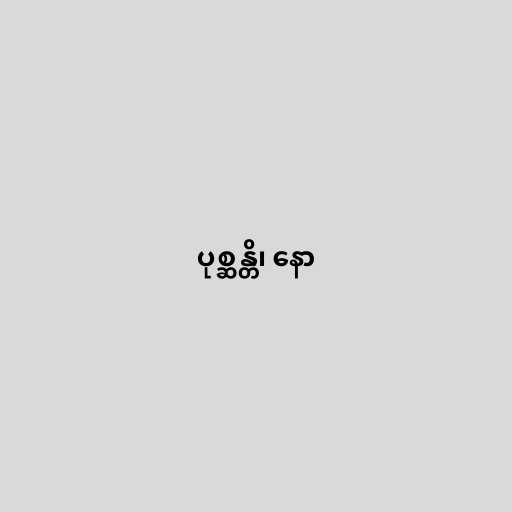
ပုစ္ဆန္တိ၊ နော